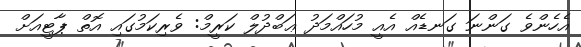
އެހެންވެ ގަންނަ ގަނޑެއް އެއީ މުހައްމަދު ޢަބްދުލް ކަރީމް: ވެރިކަމުގައި އޮތް ޕާޓީއަށް